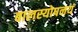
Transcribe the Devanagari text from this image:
बालस्योपनयं